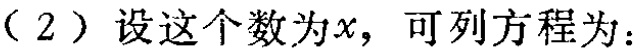
（2）设这个数为\(x\)，可列方程为：